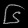
Digit: ၆